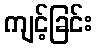
ကျင့်ခြင်း